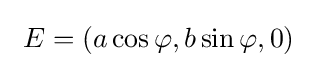
\ E=(a\cos \varphi ,b\sin \varphi ,0)\